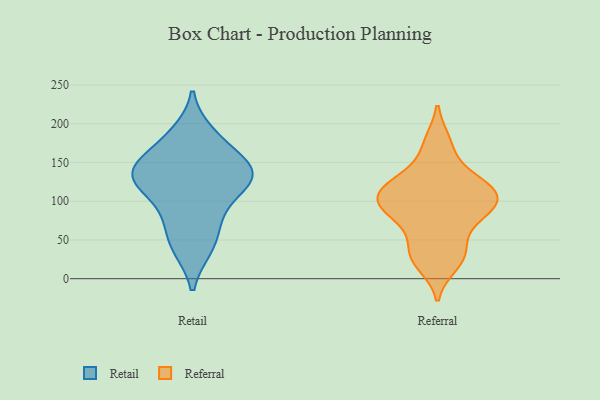
{"axis": {"x": "Page Views", "y": "Value"}, "legend": ["Referral", "Retail"], "data": [{"x": "", "y": 186, "type": "Retail"}, {"x": "", "y": 154, "type": "Retail"}, {"x": "", "y": 176, "type": "Retail"}, {"x": "", "y": 139, "type": "Retail"}, {"x": "", "y": 135, "type": "Retail"}, {"x": "", "y": 132, "type": "Retail"}, {"x": "", "y": 127, "type": "Retail"}, {"x": "", "y": 41, "type": "Retail"}, {"x": "", "y": 44, "type": "Retail"}, {"x": "", "y": 80, "type": "Retail"}, {"x": "", "y": 131, "type": "Retail"}, {"x": "", "y": 85, "type": "Retail"}, {"x": "", "y": 125, "type": "Retail"}, {"x": "", "y": 19, "type": "Referral"}, {"x": "", "y": 80, "type": "Referral"}, {"x": "", "y": 176, "type": "Referral"}, {"x": "", "y": 134, "type": "Referral"}, {"x": "", "y": 83, "type": "Referral"}, {"x": "", "y": 53, "type": "Referral"}, {"x": "", "y": 91, "type": "Referral"}, {"x": "", "y": 94, "type": "Referral"}, {"x": "", "y": 122, "type": "Referral"}, {"x": "", "y": 28, "type": "Referral"}, {"x": "", "y": 30, "type": "Referral"}, {"x": "", "y": 109, "type": "Referral"}, {"x": "", "y": 120, "type": "Referral"}, {"x": "", "y": 33, "type": "Referral"}, {"x": "", "y": 100, "type": "Referral"}, {"x": "", "y": 111, "type": "Referral"}, {"x": "", "y": 107, "type": "Referral"}, {"x": "", "y": 86, "type": "Referral"}, {"x": "", "y": 172, "type": "Referral"}, {"x": "", "y": 123, "type": "Referral"}]}